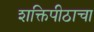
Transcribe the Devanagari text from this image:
शक्तिपीठाचा